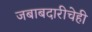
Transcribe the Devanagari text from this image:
जबाबदारीचेही